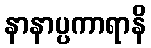
နာနာပ္ပကာရာနိ